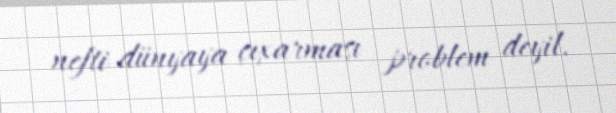
nefti dünyaya çıxarması problem deyil.